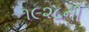
૧૯૨૮ની